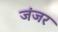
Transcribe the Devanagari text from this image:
जंजर